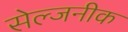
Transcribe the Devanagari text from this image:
सेल्जनीक